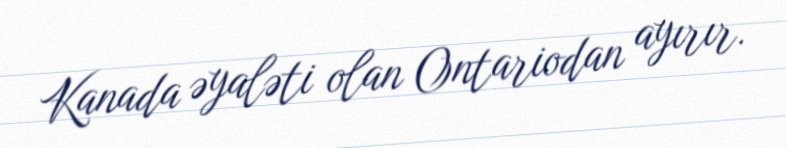
Kanada əyaləti olan Ontariodan ayırır.